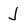
Character: J